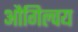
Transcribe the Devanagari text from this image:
औगिल्वय